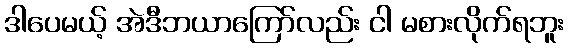
ဒါပေမယ့် အဲဒီဘယာကြော်လည်း ငါ မစားလိုက်ရဘူး